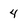
Character: 4